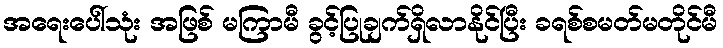
အရေးပေါ်သုံး အဖြစ် မကြာမီ ခွင့်ပြုချက်ရှိလာနိုင်ပြီး ခရစ်စမတ်မတိုင်မီ